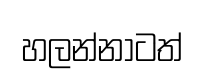
හලන්නාටත්